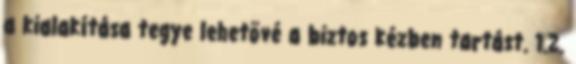
a kialakítása tegye lehetõvé a biztos kézben tartást. 1.2.